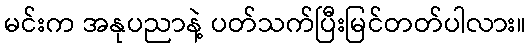
မင်းက အနုပညာနဲ့ ပတ်သက်ပြီးမြင်တတ်ပါလား။